Indian journal of veterinary science and animal husbandry - Volumes 22-23, 1952-1953
Year: 1952
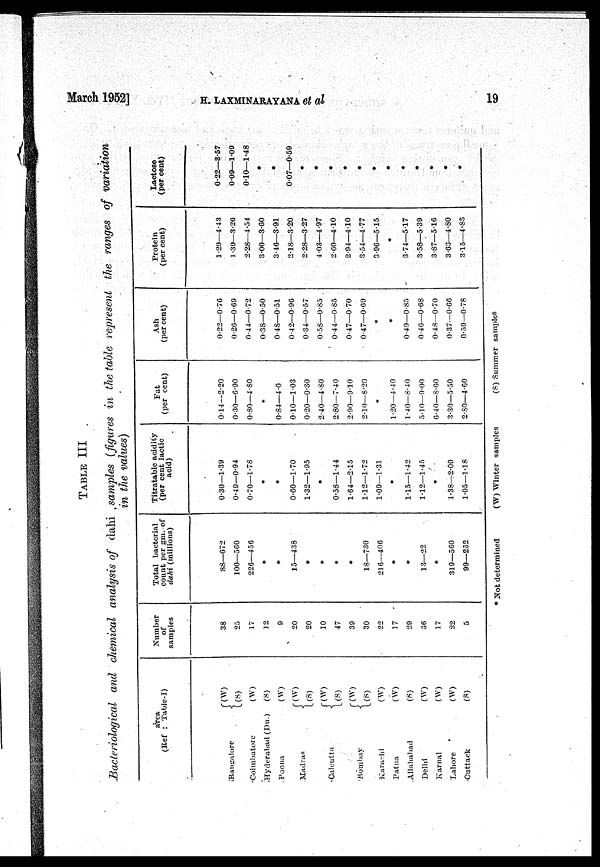
March 1952]
H. LAXMINARAYANA et al
19
TABLE
III
Bacteriological and chemical analysis of dahi samples (figures in the table represent the ranges of variation
in the values)
area
(Ref : Table-I)
Bausalore
Coimbatore
Hyderabad (Dn.)
Poona
Madras
Calcutta
Bombay
Karachi
Patna
Allahabad
Delhi
Karnal
Lahore
Cuttack
(W)
(S)
(W)
(S)
(W)
(W)
(S)
(W)
(S)
(W)
(S)
(W)
(W)
(S)
(W)
(W)
(W)
(S)
Number
of
samples
38
25
17
12
9
20
20
10
47
39
30
22
17
29
36
17
22
5
Total bacterial
count per gm. of
dahi (millions)
88—672
100—560
226—456
*
*
15—438
*
*
*
*
18—730
21 6—406
*
*
13—22
*
319—560
99—262
Titratable acidity
(per cent lactic
acid)
0.30—1.39
0.49—0.94
0.70—1.78
*
*
0.60—1.70
1.32—1.95
*
0.38—1.44
1.64—2.15
1.12—1.72
1.09—1.31
*
1.15—1.42
1.12—1.45
*
1.38—2.00
1.05—1.18
Fat
(per cent)
0.14—2.20
0.30—6.90
0.80—4.80
*
0.84—4.0
0.10—1.03
0.20—0.30
2.40—4.80
2.80—7.40
2.90—9.10
2.10—8.20
*
1.20—4.40
1.40—8.40
5.10—9.00
6.40—8.60
3.30—5.50
2.80—4.60
Ash
(per cent)
0.22—0.76
0.26—0.69
0.44—0.72
0.38—0.50
0.48—0.51
0.42—0.96
0.34—0.57
0.58—0.85
0.44—0.85
0.47—0.70
0.47—0.69
*
*
0.49—0.85
0.46—0.68
0.48—0.70
0.37—0.66
0.59—0.78
Protein
(per cent)
1.29—4.43
1.39—3.26
2.28—4.54
3.00—3.60
3.46—3.91
2.18—3.20
2.28—3.27
4.03—4.97
2.60—4.10
2.94—4.10
3.54—4.77
3.96—5.15
*
3.74—5.17
3.58—5.39
3.87—5.16
3.63—4.80
3.15—4.83
Lactose
(per cent)
0.22—3.57
0.09—1.09
0.10—1.48
*
*
0.07—0.59
*
*
*
*
*
*
*
*
*
*
*
*
* Not determined
(W) Winter samples
(S) Summer samples